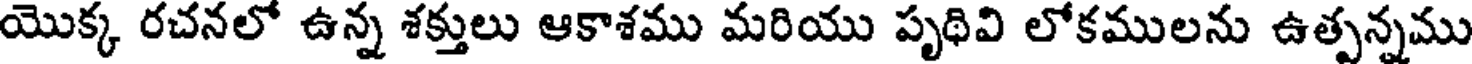
యొక్క రచనలో ఉన్న శక్తులు ఆకాశము మరియు పృథివి లోకములను ఉత్పన్నము